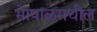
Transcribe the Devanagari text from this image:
भेापाळमधील